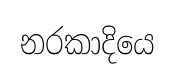
නරකාදියෙ